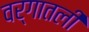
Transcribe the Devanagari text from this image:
वर्गातली